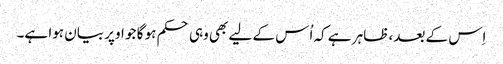
اِس کے بعد، ظاہر ہے کہ اُس کے لیے بھی وہی حکم ہو گا جو اوپر بیان ہوا ہے۔